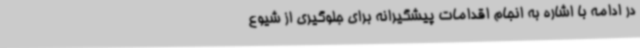
در ادامه با اشاره به انجام اقدامات پیشگیرانه برای جلوگیری از شیوع